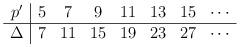
LaTeX: \begin{align*}\begin{array}{c|cccccccc}p' & 5 & 7 & 9 & 11 & 13 & 15 & \cdots\\ \hline\Delta & 7 & 11& 15 & 19 & 23 & 27 & \cdots\end{array}\end{align*}